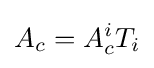
A_{c}=A_{c}^{i}T_{i}